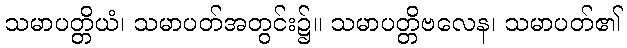
သမာပတ္တိယံ၊ သမာပတ်အတွင်း၌။ သမာပတ္တိဗလေန၊ သမာပတ်၏